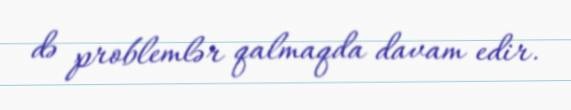
də problemlər qalmaqda davam edir.